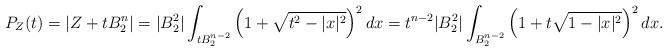
LaTeX: \begin{align*}P_Z(t)=|Z+tB_2^n|= |B_2^2|\int_{tB_2^{n-2}}\left(1+\sqrt{t^2-|x|^2}\right)^{2}dx=t^{n-2} |B_2^{2}|\int_{B_2^{n-2}}\left(1+t\sqrt{1-|x|^2}\right)^{2}dx.\end{align*}